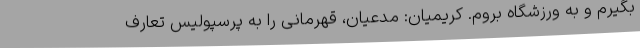
بگیرم و به ورزشگاه بروم. کریمیان: مدعیان، قهرمانی را به پرسپولیس تعارف